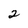
Character: 2